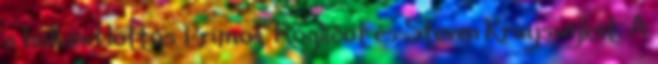
a holland lottós Primož Rogličot és Steven Kruijswijket. A